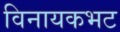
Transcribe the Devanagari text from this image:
विनायकभट